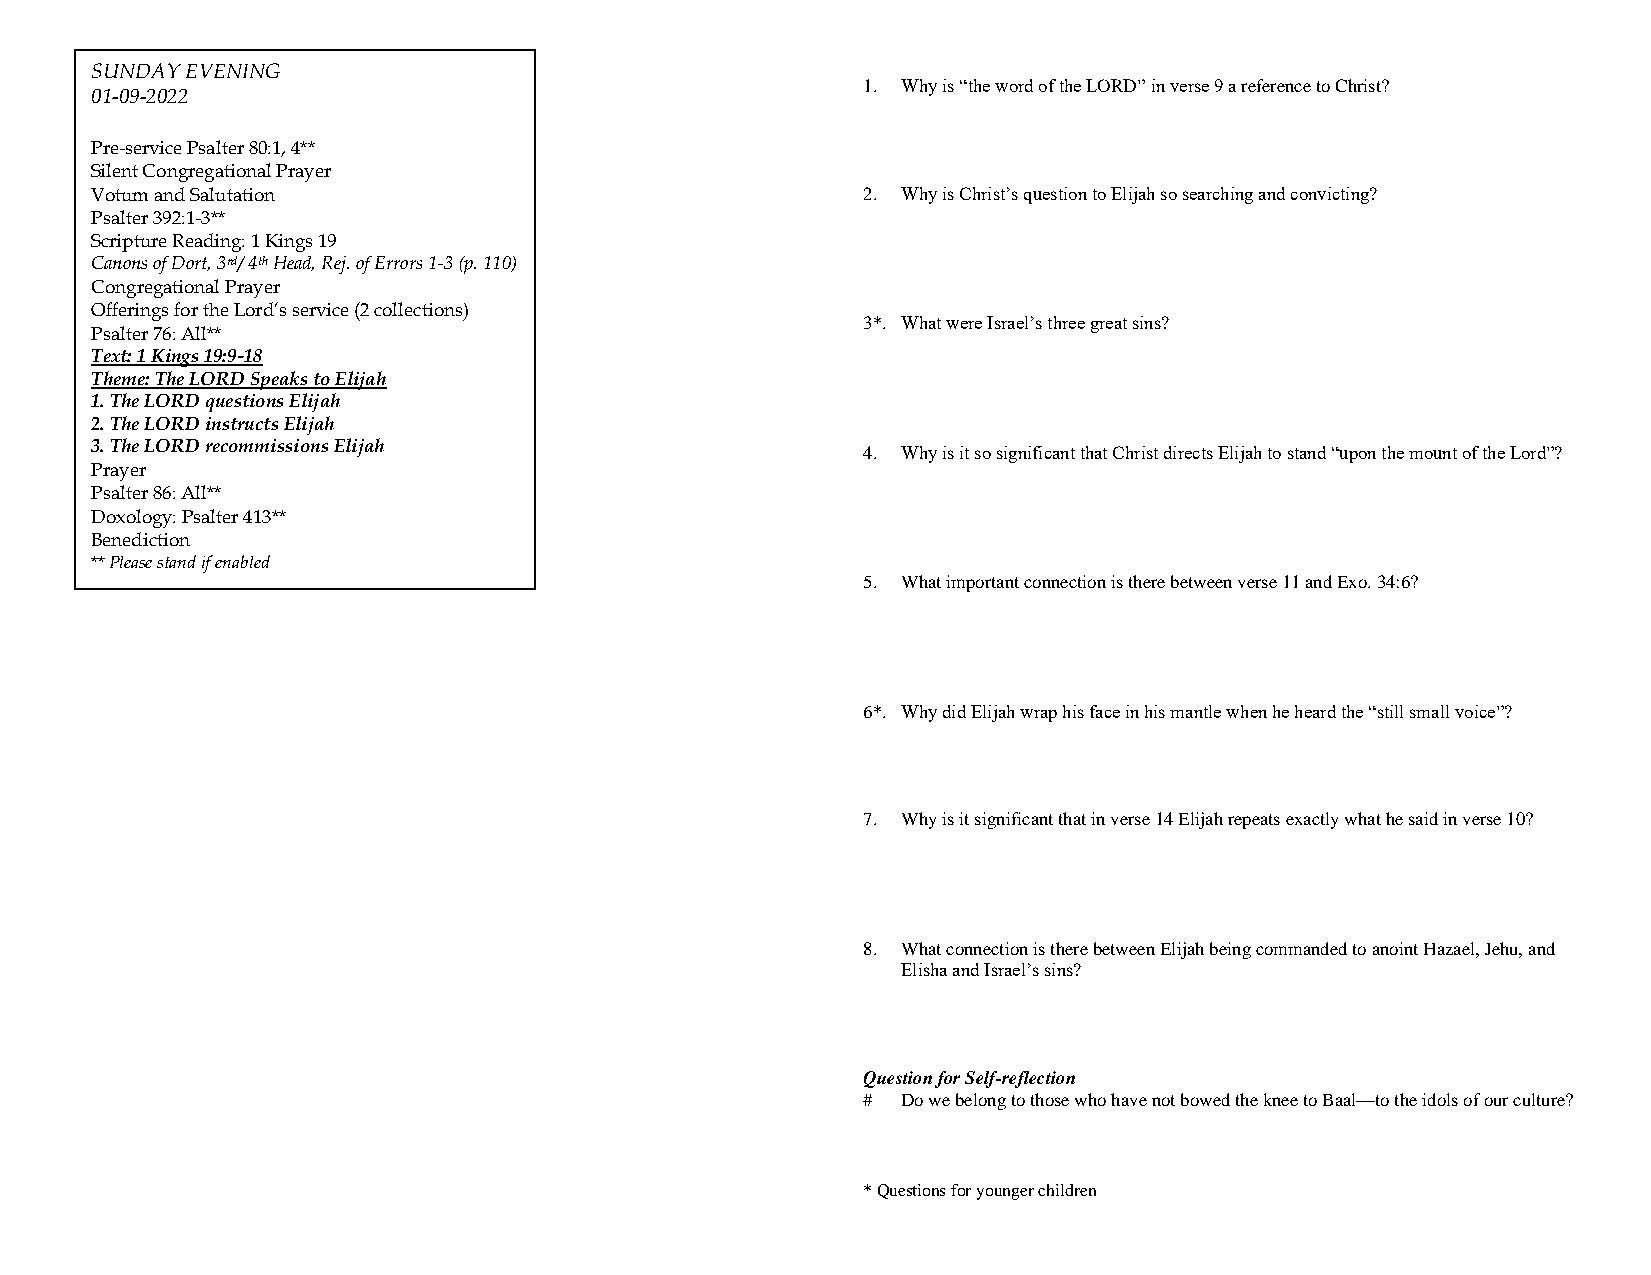
SUNDAY EVENING
 1. Why is “the word of the LORD” in verse 9 a reference to Christ?
 01-09-2022
 Pre-service Psalter 80:1, 4**
 Silent Congregational Prayer
 Votum and Salutation                               2. Why is Christ’s question to Elijah so searching and convicting?
 Psalter 392:1-3**
 Scripture Reading: 1 Kings 19
 Canons of Dort, 3rd/ 4th Head, Rej. of Errors 1-3 (p. 110)
 Congregational Prayer
 Offerings for the Lord’s service (2 collections)
 3*. What were Israel’s three great sins?
 Psalter 76: All**
 Text: 1 Kings 19:9-18
 Theme: The LORD Speaks to Elijah
 1. The LORD questions Elijah
 2. The LORD instructs Elijah
 3. The LORD recommissions Elijah                   4. Why is it so significant that Christ directs Elijah to stand “upon the mount of the Lord”?
 Prayer
 Psalter 86: All**
 Doxology: Psalter 413**
 Benediction
 ** Please stand if enabled
 5. What important connection is there between verse 11 and Exo. 34:6?
 6*. Why did Elijah wrap his face in his mantle when he heard the “still small voice”?
 Benediction
 7. Why is it significant that in verse 14 Elijah repeats exactly what he said in verse 10?
 8. What connection is there between Elijah being commanded to anoint Hazael, Jehu, and
 Elisha and Israel’s sins?
 Question for Self-reflection
 #  Do we belong to those who have not bowed the knee to Baal—to the idols of our culture?
 * Questions for younger children